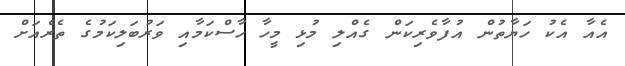
އެއާ އެކު ހަޔާތުން އުފާވެރިކަން ގެއްލި މުޅި މީހާ ހާސްކަމާއި ވަރުބަލިކަމުގެ ތެރެއަށް